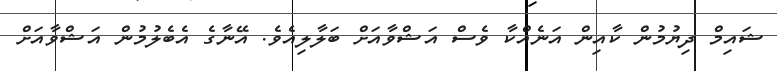
ޝައިމް ދިޔުމުން ކާއިން އަނެއްކާ ވެސް އަޝްވާއަށް ބަލާލިއެވެ. އޭނާގެ އެބެލުމުން އަޝްވާއަށް